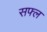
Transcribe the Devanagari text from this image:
सफ्ल